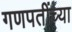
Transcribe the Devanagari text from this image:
गणपतींच्या